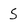
Character: S